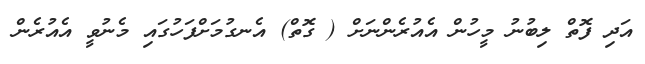
އަދި ފޮތް ލިބުނު މީހުން އެއުރެންނަށް ( ގޮތް) އެނގުމަށްފަހުގައި މެނުވީ އެއުރެން